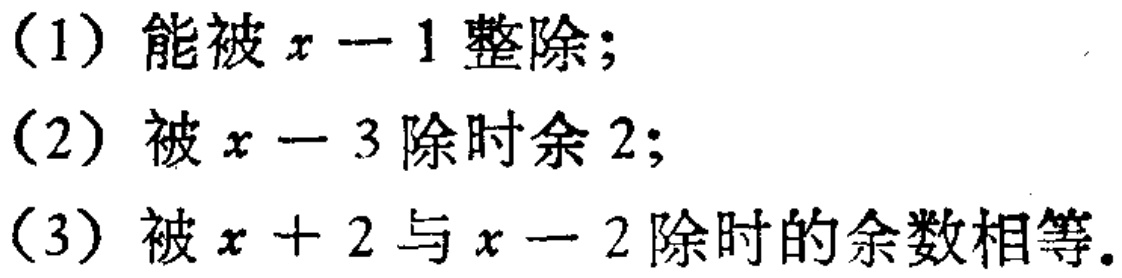
（1）能被\(x - 1\)整除；
（2）被\(x - 3\)除时余\(2\)；
（3）被\(x + 2\)与\(x - 2\)除时的余数相等。